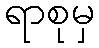
ရာစုမှ